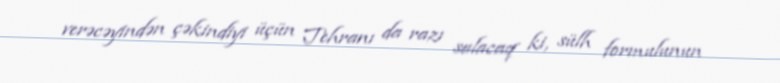
verəcəyindən çəkindiyi üçün Tehranı da razı salacaq ki, sülh formulunun